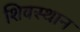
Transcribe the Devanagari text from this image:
शिवस्थान